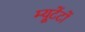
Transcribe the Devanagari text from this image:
म्यूटेंटों